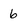
Character: 6